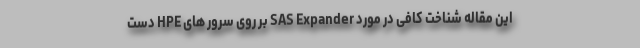
این مقاله شناخت کافی در مورد SAS Expander بر روی سرور های HPE دست